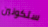
ستكونين